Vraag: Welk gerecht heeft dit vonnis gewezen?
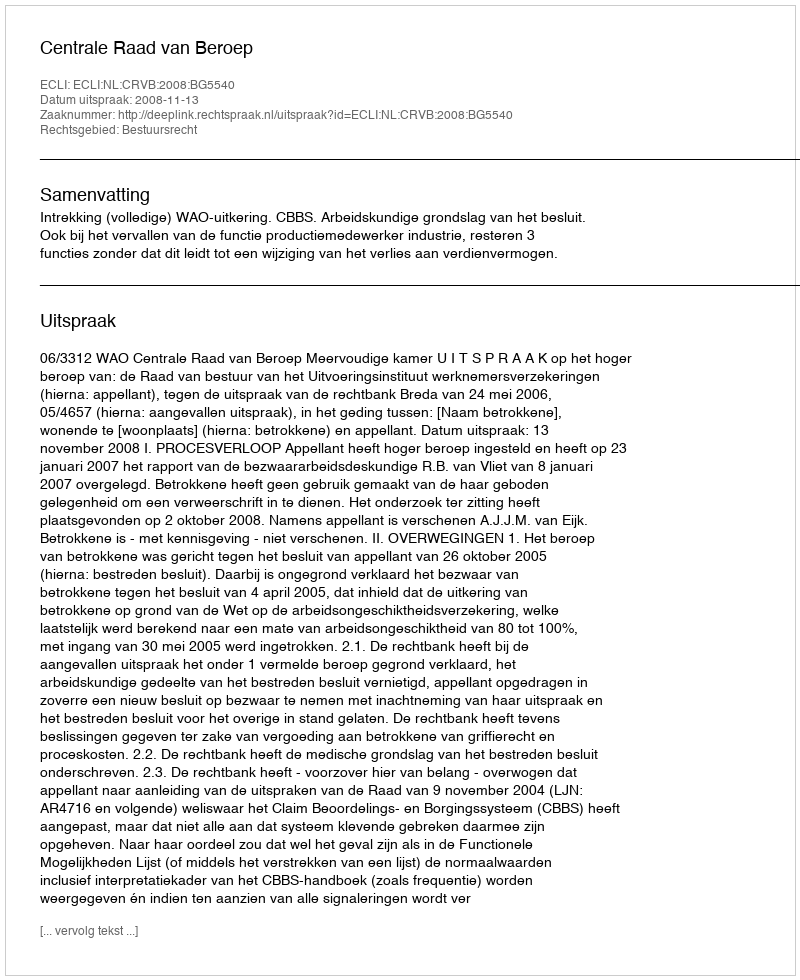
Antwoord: Centrale Raad van Beroep